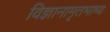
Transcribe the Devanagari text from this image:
विज्ञानामृतभाष्य